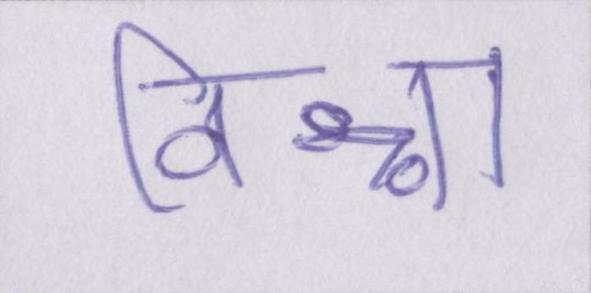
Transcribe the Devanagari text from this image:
विश्वा